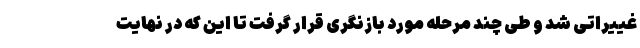
غییراتی شد و طی چند مرحله مورد بازنگری قرار گرفت تا این که در نهایت